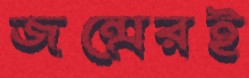
জন্মেরই